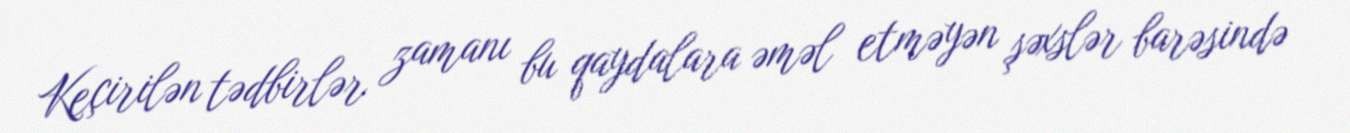
Keçirilən tədbirlər zamanı bu qaydalara əməl etməyən şəxslər barəsində